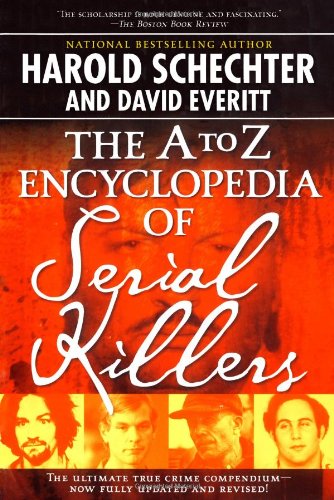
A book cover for The A to Z Encyclopedia of Serial Killers; Harold Schechter; Biographies & Memoirs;